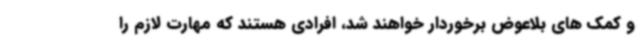
و کمک های بلاعوض برخوردار خواهند شد، افرادی هستند که مهارت لازم را